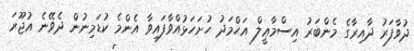
ދުވާފަރު ދާއިރާގެ މެންބަރު އިސްމާޢީލް އަޙްމަދު ހުށަހަޅުއްވާފައިވާ އެންމެ ކުޑަމިނުން ދެވޭނެ އުޖޫރަ